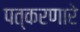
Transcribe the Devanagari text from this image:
पत्करणारे